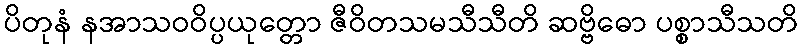
ပိတုနံ နအာသဝဝိပ္ပယုတ္တော ဇီဝိတသမသီသီတိ ဆဗ္ဗိဓော ပစ္စာသီသတိ